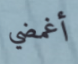
أغمضي